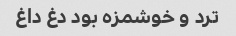
ترد و خوشمزه بود دغ داغ